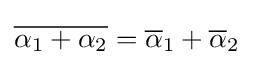
{\overline {\alpha _{1}+\alpha _{2}}}={\overline {\alpha }}_{1}+{\overline {\alpha }}_{2}